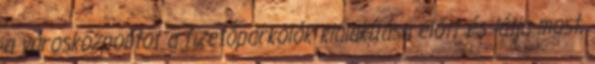
a városközpontot a fizetőparkolók kialakítása előtt és látja most,